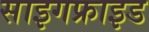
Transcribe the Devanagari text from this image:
साइगफ्राइड